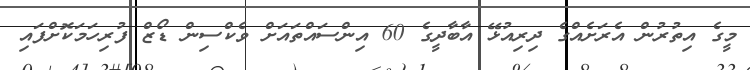
މީގެ އިތުރުން އެރަށެއްގެ ދިރިއުޅޭ އާބާދީގެ 60 އިންސައްތައަށް ވެކްސިން ޑޯޒް ފުރިހަމަކޮށްފައި